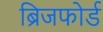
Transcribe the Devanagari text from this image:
ब्रिजफोर्ड